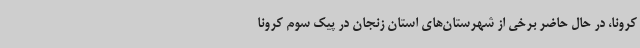
کرونا، در حال حاضر برخی از شهرستان‌های استان زنجان در پیک سوم کرونا